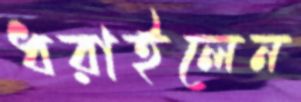
ধরাইলেন